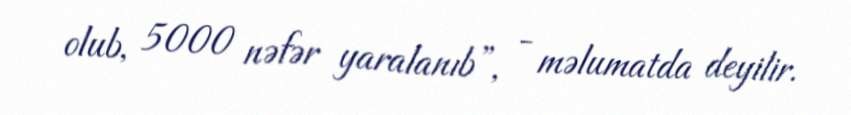
olub, 5000 nəfər yaralanıb”, - məlumatda deyilir.